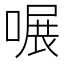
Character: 𠹖